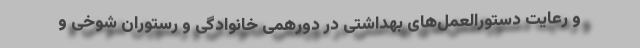
و رعایت دستورالعمل‌های بهداشتی در دورهمی خانوادگی و رستوران شوخی و